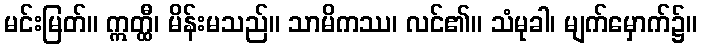
မင်းမြတ်။ ဣတ္ထီ၊ မိန်းမသည်။ သာမိကဿ၊ လင်၏။ သံမုခါ၊ မျက်မှောက်၌။